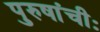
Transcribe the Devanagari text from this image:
पुरुषांचीः